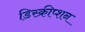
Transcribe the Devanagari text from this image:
डिस्क्रीप्शन